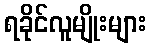
ရခိုင်လူမျိုးများ